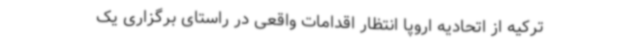
ترکیه از اتحادیه اروپا انتظار اقدامات واقعی در راستای برگزاری یک